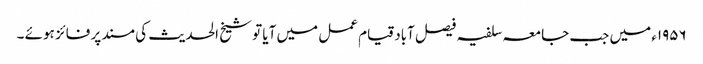
۱۹۵۶ء میں جب جامعہ سلفیہ فیصل آباد قیام عمل میں آیا تو شیخ الحدیث کی مسند پر فائز ہوئے ۔